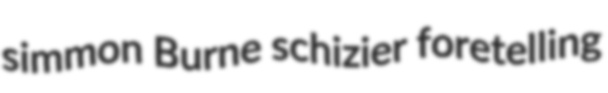
simmon Burne schizier foretelling